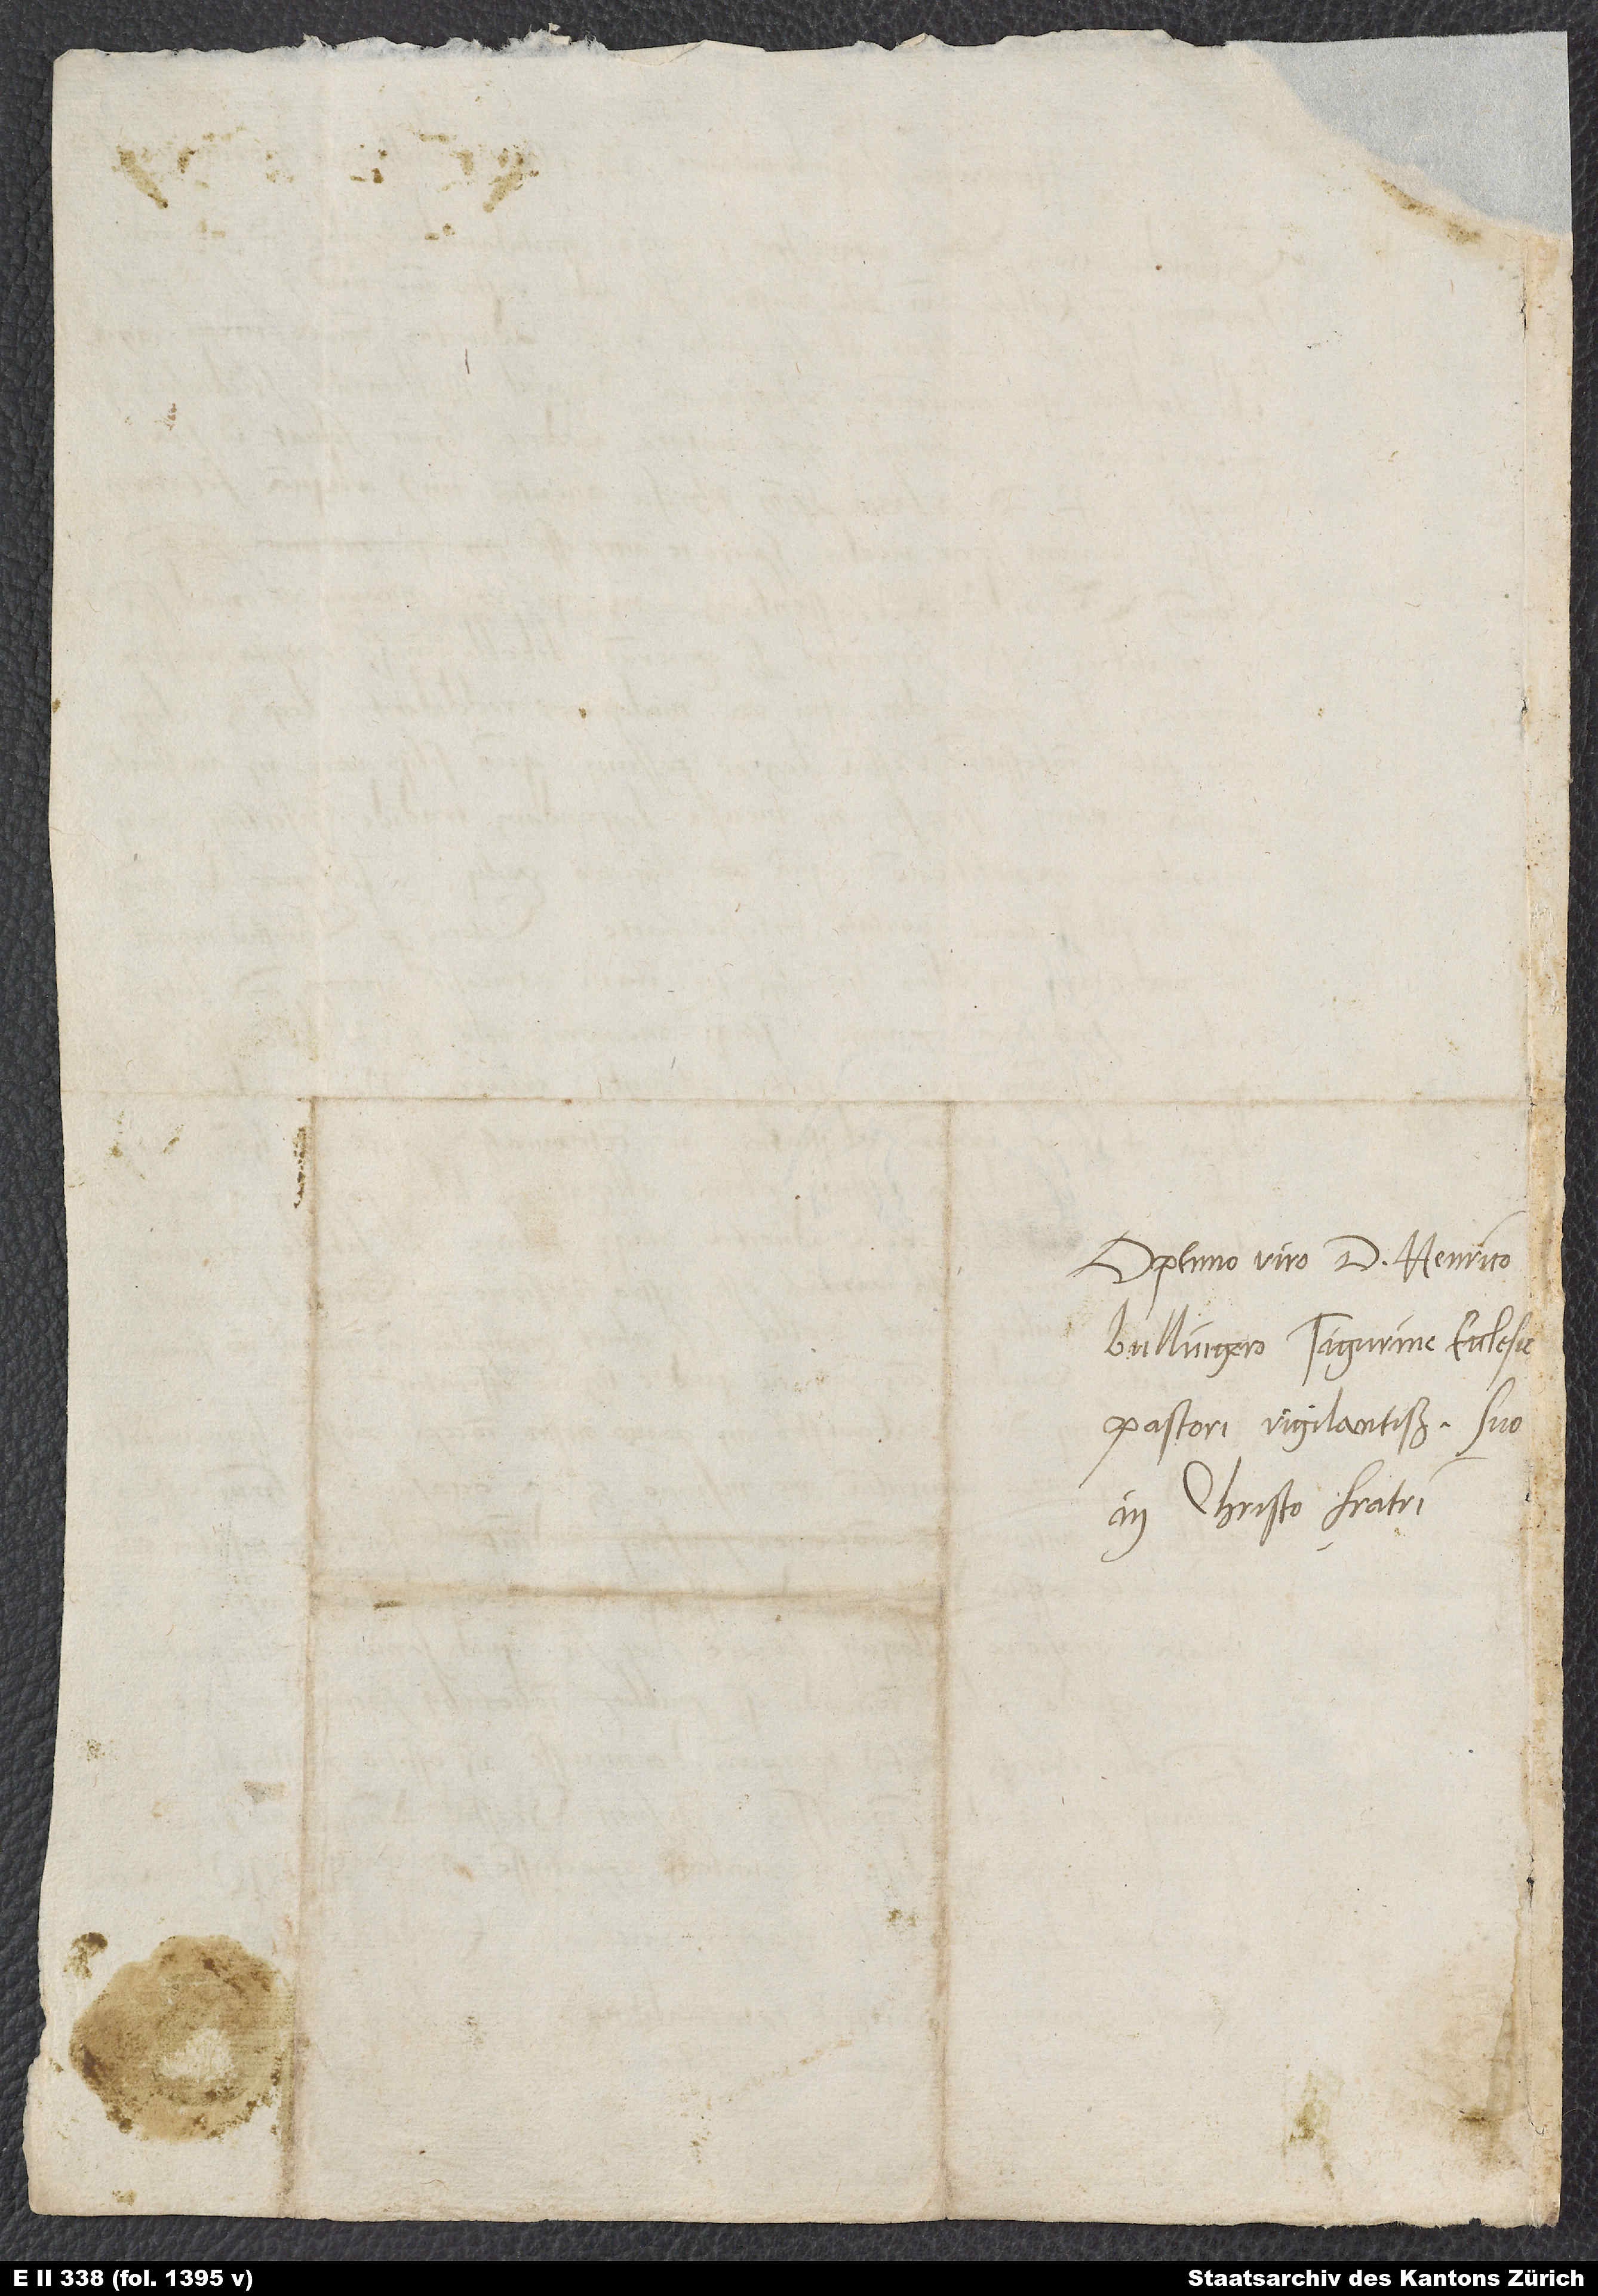
Optimo viro d. Henrico
Bullingero, Tigurine eccles
pastori vigilantissimo, suo
in Christo fratri.